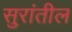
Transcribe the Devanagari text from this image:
सुरांतील